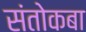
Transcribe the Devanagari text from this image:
संतोकबा